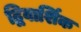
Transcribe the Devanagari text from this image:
द्विवार्शिक